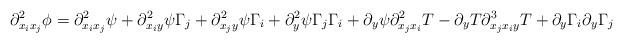
LaTeX: \begin{align*}\partial^2_{x_i x_j} \phi = \partial^2_{x_ix_j}\psi + \partial^2_{x_iy} \psi \Gamma_j +\partial^2_{x_jy} \psi \Gamma_i+ \partial^2_y \psi \Gamma_j\Gamma_i + \partial_y \psi \partial^2_{x_jx_i}T - \partial_y T \partial^3_{x_jx_iy}T +\partial_{y}\Gamma_i \partial_{y}\Gamma_j\end{align*}